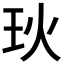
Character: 𪻓